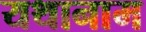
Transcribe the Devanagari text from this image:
यथानाम